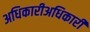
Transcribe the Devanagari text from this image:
अधिकारीअधिकारी